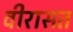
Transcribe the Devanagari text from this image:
वीरासत